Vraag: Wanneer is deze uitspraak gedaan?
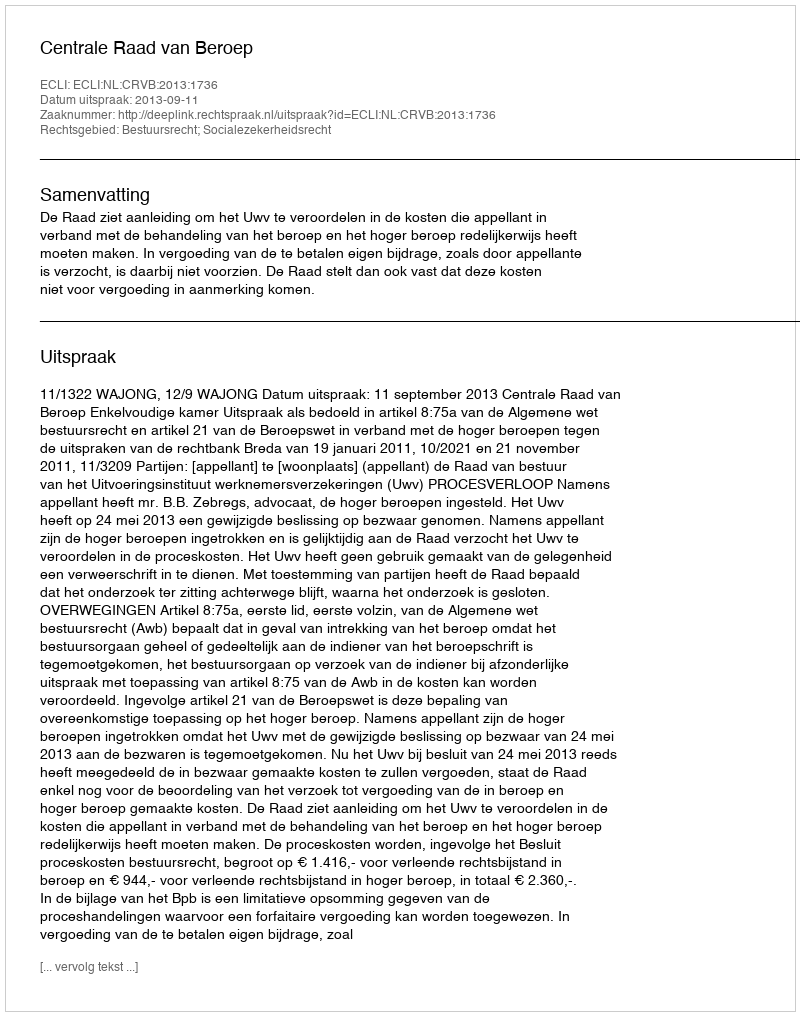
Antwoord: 2013-09-11